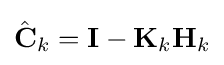
{\hat {\mathbf {C} }}_{k}=\mathbf {I} -\mathbf {K} _{k}\mathbf {H} _{k}